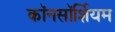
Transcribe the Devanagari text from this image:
कॉनसॉर्शियम